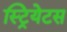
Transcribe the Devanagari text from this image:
स्ट्रियेटस